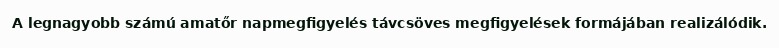
A legnagyobb számú amatőr napmegfigyelés távcsöves megfigyelések formájában realizálódik.